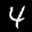
Label: 4